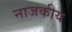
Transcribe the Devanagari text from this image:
नाजकीय